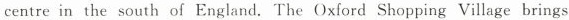
centre in the south of England. The Oxford Shopping Village brings